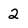
Character: 2